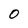
Character: 0